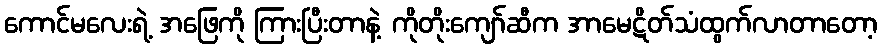
ကောင်မလေးရဲ့ အဖြေကို ကြားပြီးတာနဲ့ ကိုတိုးကျော်ဆီက အာမေဋိတ်သံထွက်လာတာတော့